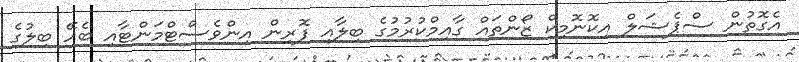
އެގޮތުން ސްޕެޝަލް އިކޮނޮމިކް ޒޯންތައް ގާއިމްކުރުމުގެ ބިލާއި ފޮރިން އިންވެސްޓްމަންޓާއި ބެހޭ ބިލުގެ